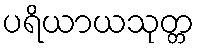
ပရိယာယသုတ္တ